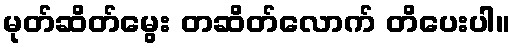
မုတ်ဆိတ်မွေး တဆိတ်လောက် တိပေးပါ။